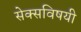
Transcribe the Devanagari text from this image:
सेक्सविषयी